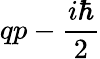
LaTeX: qp-{\frac{i\hbar}{2}}